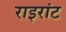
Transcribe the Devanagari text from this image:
राइरांट